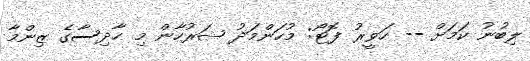
ލިބުނު ކަމަށް -- ހަވީރު ފޮޓޯ: މުހަންމަދު ޝަރުހާން މި ހާދިސާގެ ޒިންމާ